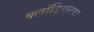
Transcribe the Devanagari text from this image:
क्लॉडियसचा